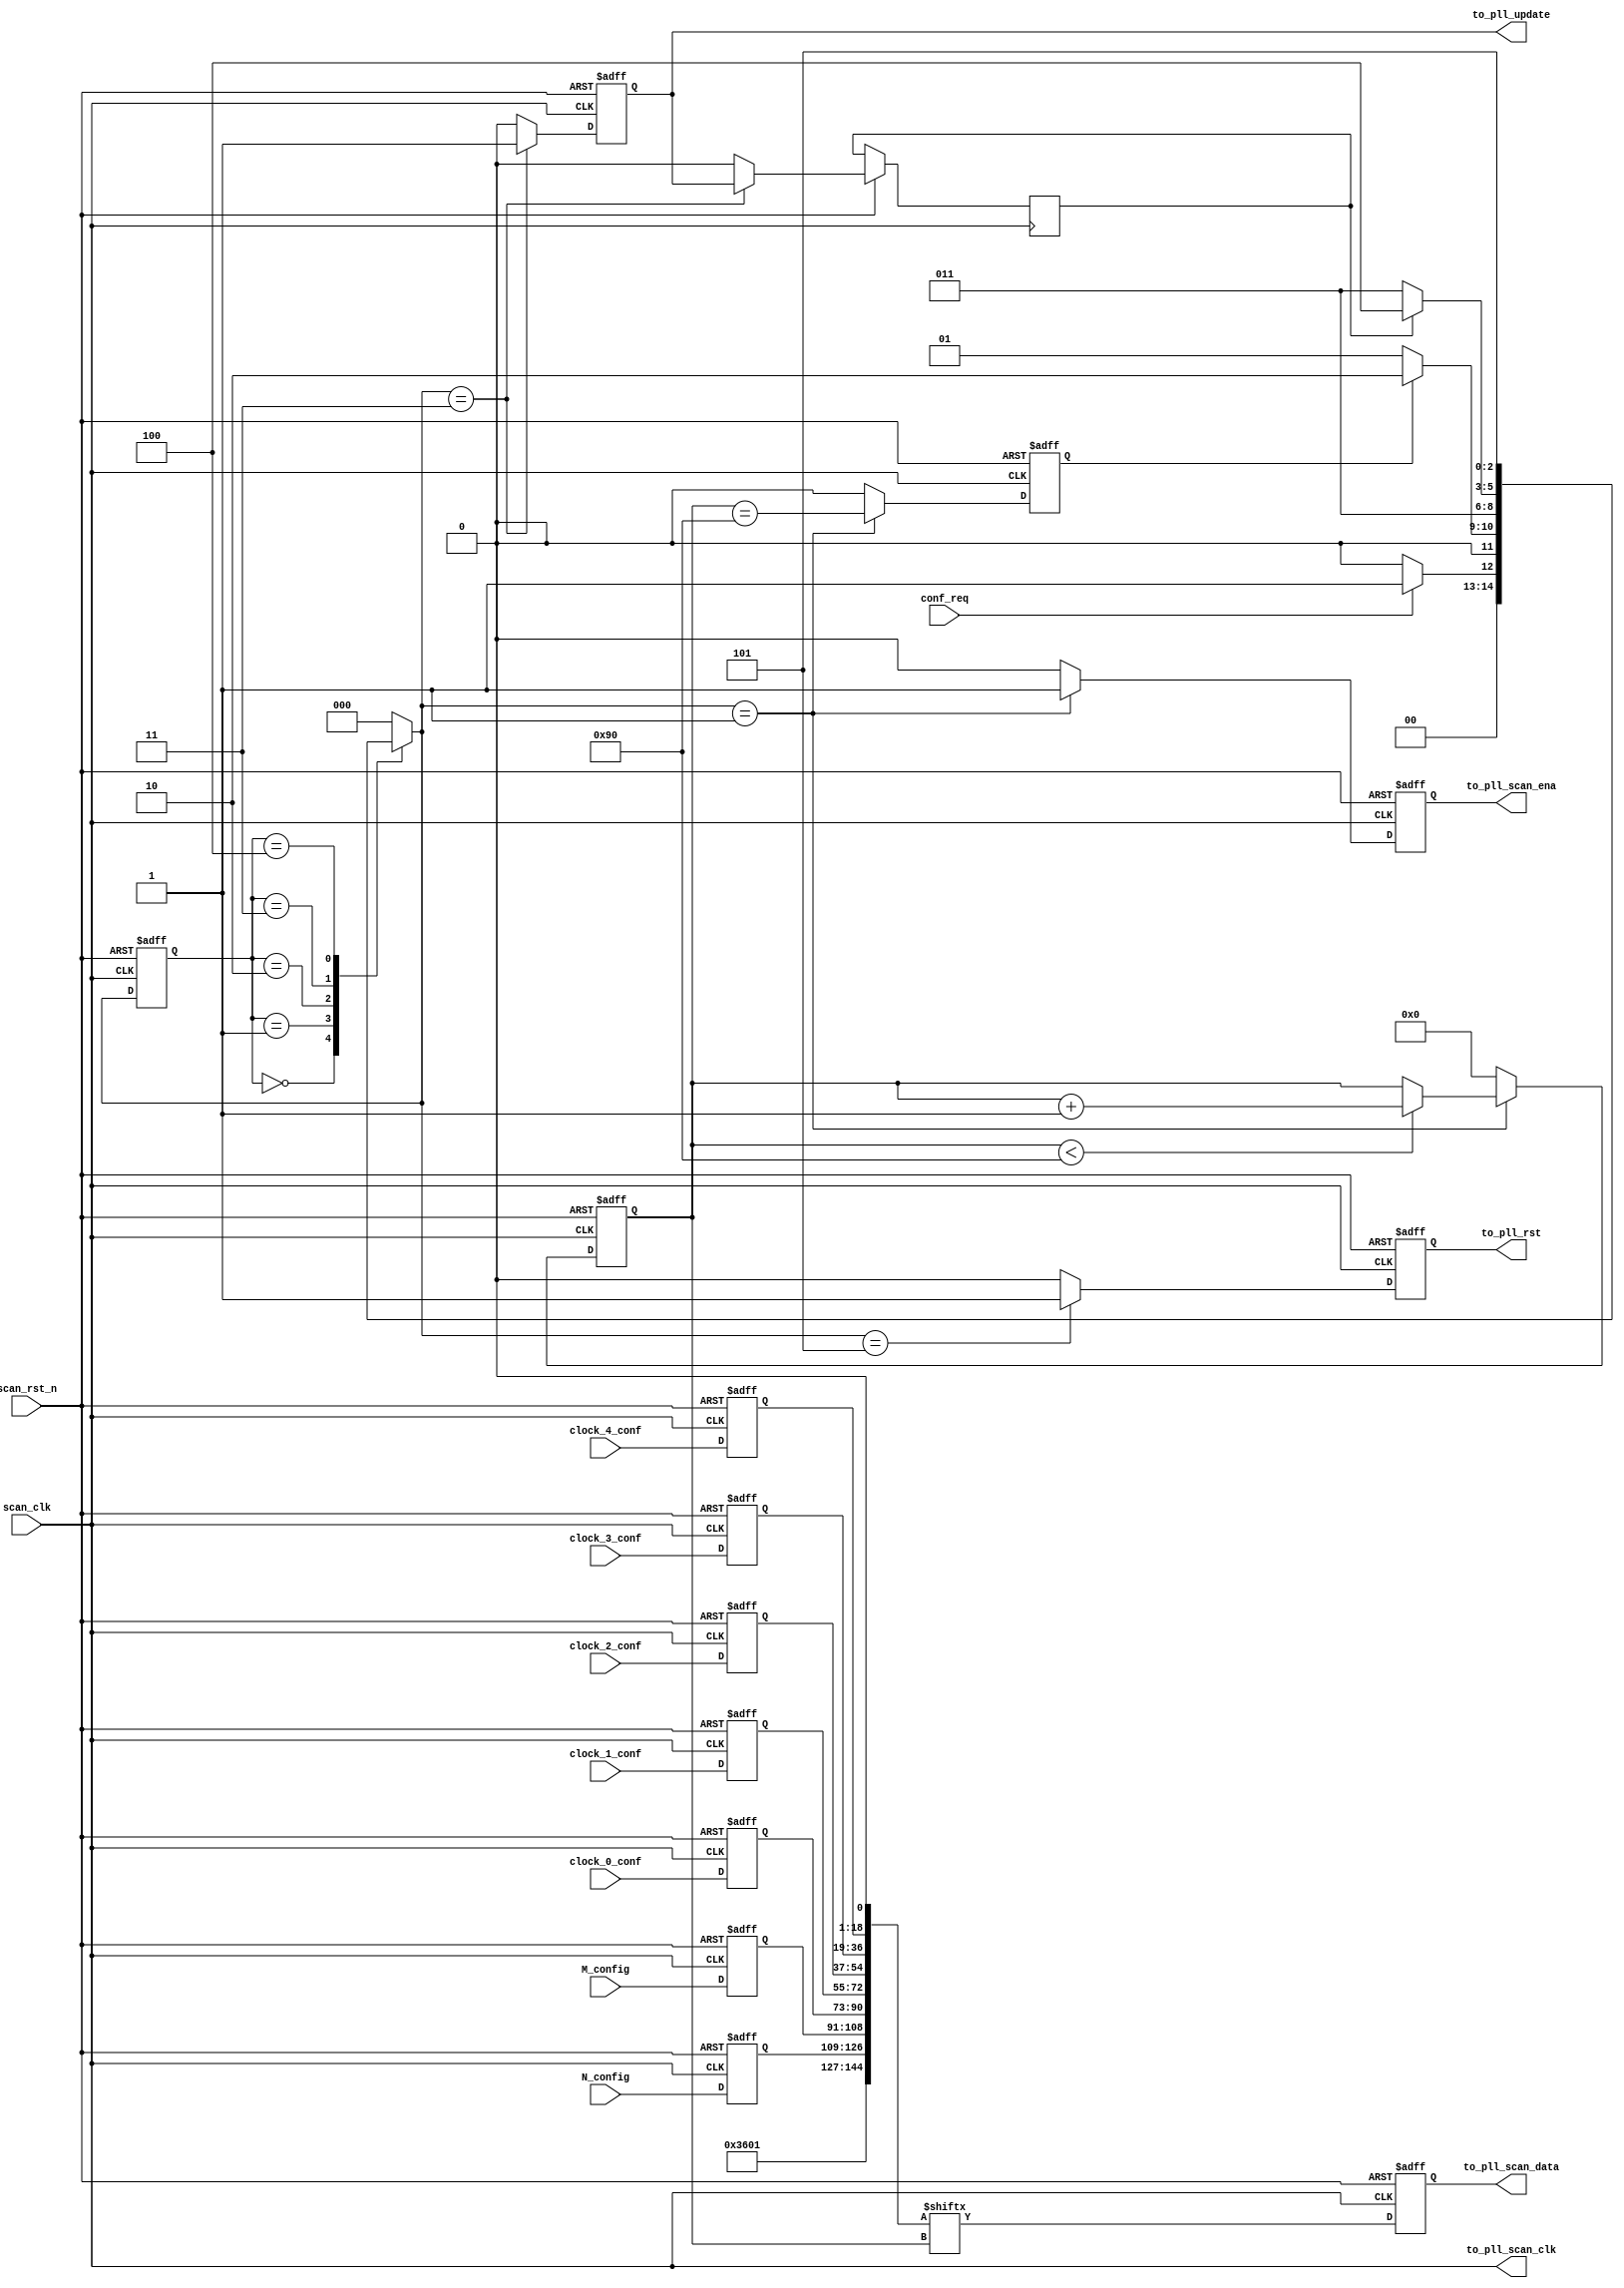
/**********************************************
______________                ______________
______________ \  /\  /|\  /| ______________
______________  \/  \/ | \/ | ______________
descript:
author : Young
Version: VERA.0.0
creaded: 2016/6/22 5:42:57
madified:
***********************************************/
`timescale 1ns/1ps
module reconfig_block (
    input               scan_clk            ,
    input               scan_rst_n          ,
    input               conf_req            ,
    input [17:0]        clock_0_conf        ,
    input [17:0]        clock_1_conf        ,
    input [17:0]        clock_2_conf        ,
    input [17:0]        clock_3_conf        ,
    input [17:0]        clock_4_conf        ,
    input [17:0]        M_config            ,
    input [17:0]        N_config            ,

    output              to_pll_scan_clk     ,
    output              to_pll_scan_ena     ,
    output              to_pll_scan_data    ,
    output              to_pll_rst          ,
    output              to_pll_update

);


reg [17:0]      clk0_conf;
reg [17:0]      clk1_conf;
reg [17:0]      clk2_conf;
reg [17:0]      clk3_conf;
reg [17:0]      clk4_conf;

reg [17:0]      N_conf;
reg [17:0]      M_conf;

wire[17:0]      head_conf    ;

localparam [2:0]    Charge_Pump_Current  = 1;
localparam [0:0]    VCO_Post_Scale       = 0;
localparam [4:0]    Loop_Filter_Resistance  = 27;
localparam [1:0]    Loop_Filter_Capacitance = 0;

assign head_conf    = {2'b00,Loop_Filter_Capacitance,Loop_Filter_Resistance,VCO_Post_Scale,5'b00000,Charge_Pump_Current};

localparam     LEN = 144+1;

wire[LEN-1:0]   scan_data    ;
reg [7:0]       scan_addr   ;


assign scan_data = {head_conf,M_conf,N_conf[17:0],clk0_conf,clk1_conf,clk2_conf,clk3_conf,clk4_conf,1'b0};


always@(posedge scan_clk,negedge scan_rst_n)begin
    if(~scan_rst_n)begin
        clk0_conf   <= 18'h2_0000;
        clk1_conf   <= 18'h2_0000;
        clk2_conf   <= 18'h2_0000;
        clk3_conf   <= 18'h2_0000;
        clk4_conf   <= 18'h2_0000;
        N_conf      <= 18'h2_0000;
        M_conf      <= 18'h2_0000;
    end else begin
        clk0_conf   <= clock_0_conf ;
        clk1_conf   <= clock_1_conf ;
        clk2_conf   <= clock_2_conf ;
        clk3_conf   <= clock_3_conf ;
        clk4_conf   <= clock_4_conf ;
        N_conf      <= M_config     ;
        M_conf      <= N_config     ;
end end

reg [2:0]       nstate,cstate;
localparam      IDLE        = 3'd0  ,
                START_CONF  = 3'd1  ,
                CONF_DONE   = 3'd2  ,
                UPDATE      = 3'd3  ,
                LAT_1       = 3'd4  ,
                PRESET      = 3'd5  ;

always@(posedge scan_clk,negedge scan_rst_n)
    if(~scan_rst_n) cstate      <= IDLE;
    else            cstate      <= nstate;

reg     conf_cnt_end;
reg     update_done;
always@(*)
    case(cstate)
    IDLE:
        if(conf_req)
                nstate = START_CONF;
        else    nstate = IDLE;
    START_CONF:
        if(conf_cnt_end)
                nstate = CONF_DONE;
        else    nstate = START_CONF;
    CONF_DONE:  nstate = UPDATE;
    UPDATE:
        if(update_done)
                nstate = LAT_1;
        else    nstate = UPDATE;
    LAT_1:      nstate = PRESET;
    PRESET:     nstate = IDLE;
    default:    nstate = IDLE;
    endcase

always@(posedge scan_clk,negedge scan_rst_n)
    if(~scan_rst_n)begin
            scan_addr       <= 8'd0;
            conf_cnt_end    <= 1'b0;
    end else begin
        case(nstate)
        START_CONF:begin
            if(scan_addr < (LEN-1) )
                    scan_addr       <= scan_addr + 1'b1;
            else    scan_addr       <= scan_addr;
            conf_cnt_end    <= scan_addr == (LEN-1);
        end
        default:begin
            scan_addr       <= 8'd0;
            conf_cnt_end    <= 1'b0;
        end
        endcase
    end

//----->> SCAN SIGNALS TO PLL <<------------------
reg     scan_out_data;

always@(posedge scan_clk,negedge scan_rst_n)
    if(~scan_rst_n)
            scan_out_data   <= 1'b0;
    else    scan_out_data   <= scan_data[scan_addr];


reg     scan_en_reg;

always@(posedge scan_clk,negedge scan_rst_n)
    if(~scan_rst_n)
            scan_en_reg <= 1'b0;
    else
        case(nstate)
        START_CONF:
            scan_en_reg <= 1'b1;
        default:
            scan_en_reg <= 1'b0;
        endcase

reg     scan_update_reg;
// assign  update_done     = scan_update_reg;
always@(posedge scan_clk,negedge scan_rst_n)
    if(~scan_rst_n)
            scan_update_reg <= 1'b0;
    else
        case(nstate)
        UPDATE:begin
            scan_update_reg <= 1'b1;
            update_done     <= scan_update_reg;
        end
        default:begin
            scan_update_reg <= 1'b0;
            update_done     <= 1'b0;
        end
        endcase

reg     pll_reset_reg;

always@(posedge scan_clk,negedge scan_rst_n)
    if(~scan_rst_n) pll_reset_reg   <= 1'b1;
    else
        case(nstate)
        PRESET:     pll_reset_reg   <= 1'b1;
        default:    pll_reset_reg   <= 1'b0;
        endcase

//-----<< SCAN SIGNALS TO PLL >>------------------

assign to_pll_scan_clk  = scan_clk;
assign to_pll_scan_ena  = scan_en_reg;
assign to_pll_scan_data = scan_out_data;
assign to_pll_update    = scan_update_reg;
assign to_pll_rst       = pll_reset_reg;

endmodule